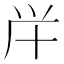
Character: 𠦖